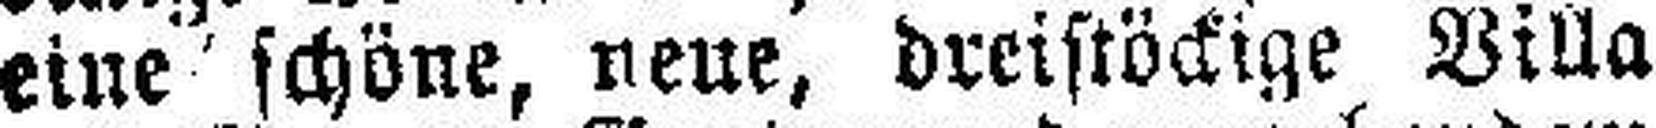
eine schöne, neue, dreistöckige Villa